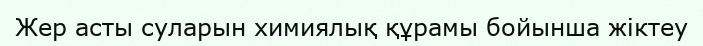
Жер асты суларын химиялық құрамы бойынша жіктеу